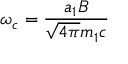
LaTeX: \omega _ { c } = { \frac { a _ { 1 } B } { { \sqrt { 4 \pi } } m _ { 1 } c } }